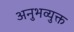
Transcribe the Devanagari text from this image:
अनुभव्युक्त